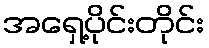
အရှေ့ပိုင်းတိုင်း